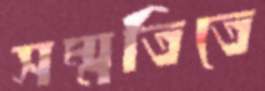
সম্মতিতে